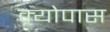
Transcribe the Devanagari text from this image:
क्योपास